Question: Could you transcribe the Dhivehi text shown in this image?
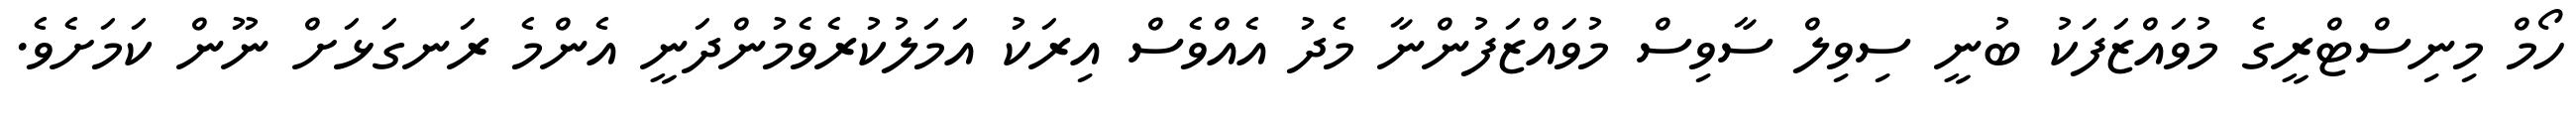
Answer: ހޯމް މިނިސްޓްރީގެ މުވައްޒަފަކު ބުނީ ސިވިލް ސާވިސް މުވައްޒަފުންނާ މެދު އެއްވެސް އިރަކު އަމަލުކުރެވެމުންދަނީ އެންމެ ރަނގަޅަށް ނޫން ކަމަށެވެ.